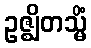
ဥဇ္ဈိတသ္မိံ